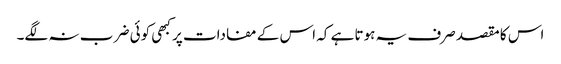
اس کا مقصد صرف یہ ہوتا ہے کہ اس کے مفادات پر کبھی کوئی ضر ب نہ لگے۔